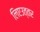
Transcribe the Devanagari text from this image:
लिएउत्तर